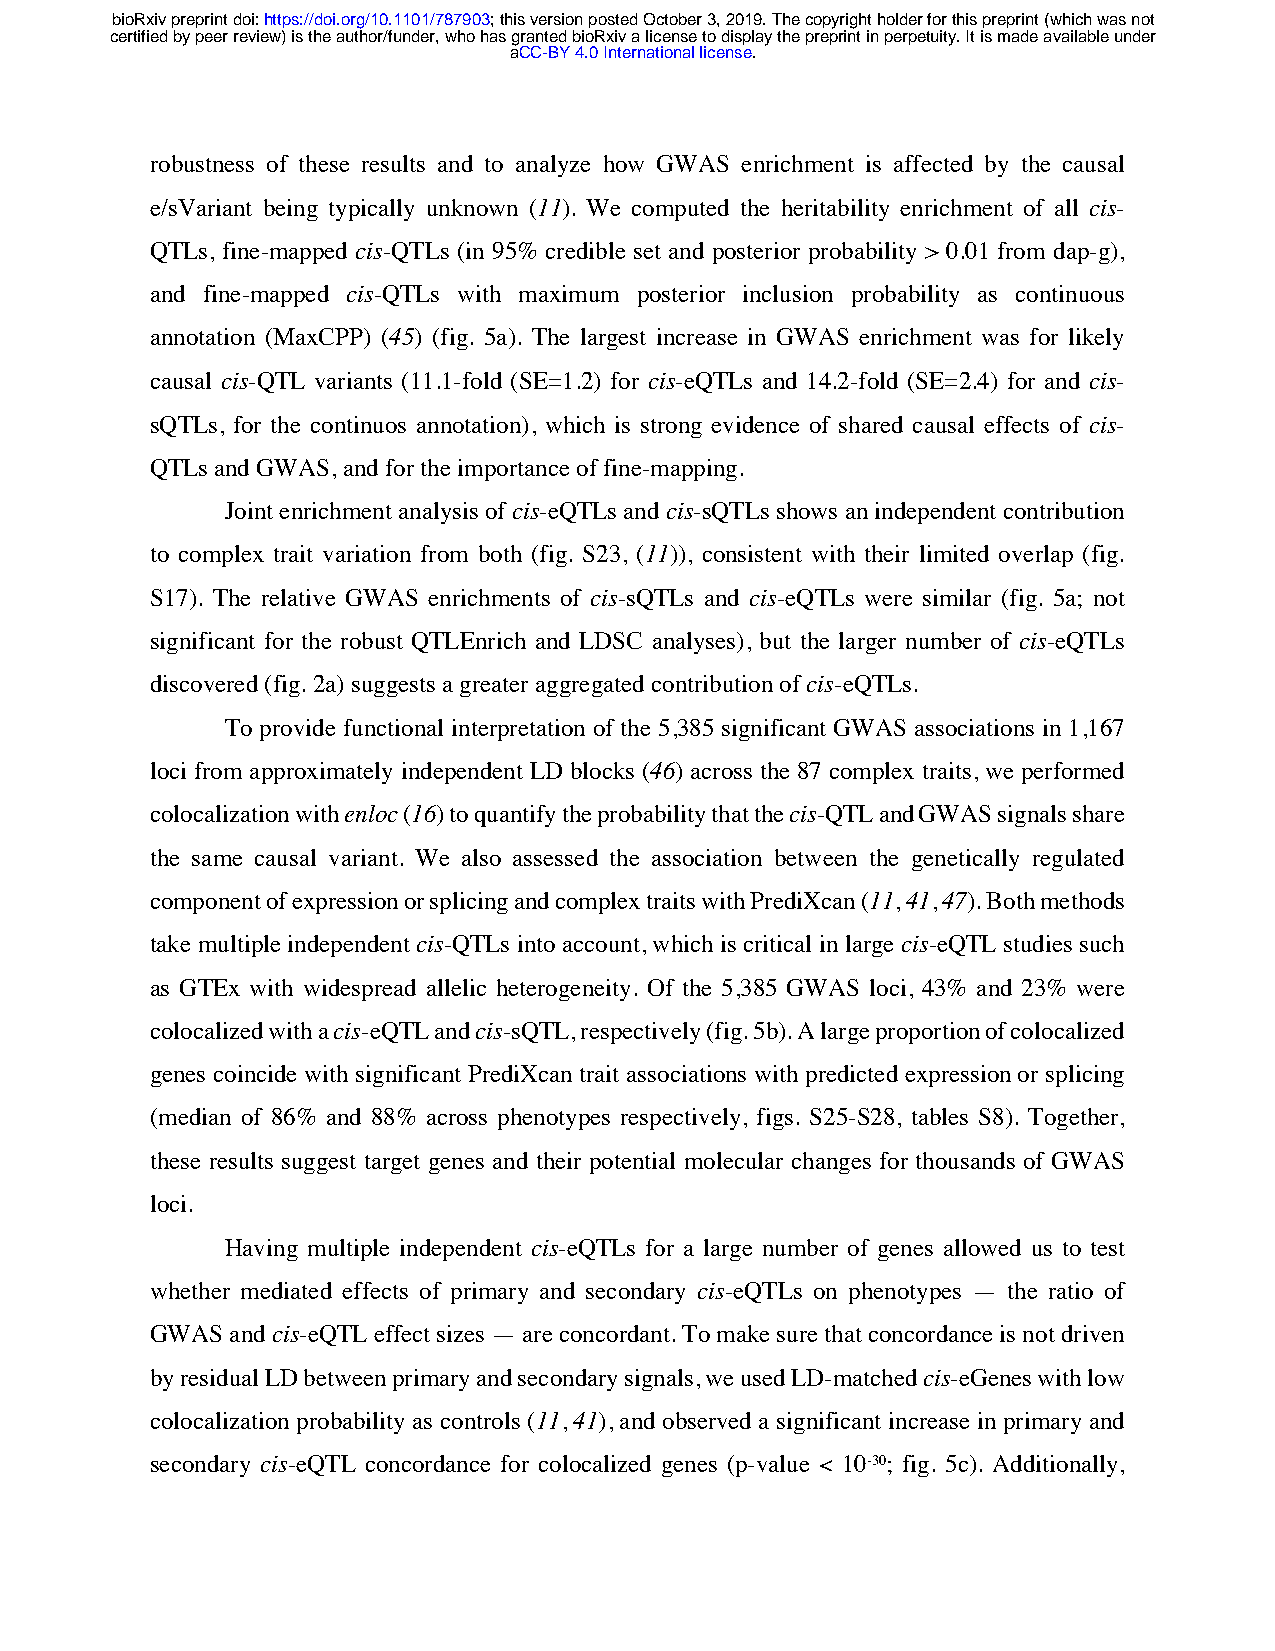
bioRxiv preprint doi: https://doi.org/10.1101/787903; this version posted October 3, 2019. The copyright holder for this preprint (which was not
 certified by peer review) is the author/funder, who has granted bioRxiv a license to display the preprint in perpetuity. It is made available under
 aCC-BY 4.0 International license.
 robustness of these results and to analyze how GWAS enrichment is affected by the causal
 e/sVariant being typically unknown (11). We computed the heritability enrichment of all cis-
 QTLs, fine-mapped cis-QTLs (in 95% credible set and posterior probability > 0.01 from dap-g),
 and fine-mapped cis-QTLs with maximum posterior inclusion probability as continuous
 annotation (MaxCPP) (45) (fig. 5a). The largest increase in GWAS enrichment was for likely
 causal cis-QTL variants (11.1-fold (SE=1.2) for cis-eQTLs and 14.2-fold (SE=2.4) for and cis-
 sQTLs, for the continuos annotation), which is strong evidence of shared causal effects of cis-
 QTLs and GWAS, and for the importance of fine-mapping.
 Joint enrichment analysis of cis-eQTLs and cis-sQTLs shows an independent contribution
 to complex trait variation from both (fig. S23, (11)), consistent with their limited overlap (fig.
 S17). The relative GWAS enrichments of cis-sQTLs and cis-eQTLs were similar (fig. 5a; not
 significant for the robust QTLEnrich and LDSC analyses), but the larger number of cis-eQTLs
 discovered (fig. 2a) suggests a greater aggregated contribution of cis-eQTLs.
 To provide functional interpretation of the 5,385 significant GWAS associations in 1,167
 loci from approximately independent LD blocks (46) across the 87 complex traits, we performed
 colocalization with enloc (16) to quantify the probability that the cis-QTL and GWAS signals share
 the same causal variant. We also assessed the association between the genetically regulated
 component of expression or splicing and complex traits with PrediXcan (11, 41, 47). Both methods
 take multiple independent cis-QTLs into account, which is critical in large cis-eQTL studies such
 as GTEx with widespread allelic heterogeneity. Of the 5,385 GWAS loci, 43% and 23% were
 colocalized with a cis-eQTL and cis-sQTL, respectively (fig. 5b). A large proportion of colocalized
 genes coincide with significant PrediXcan trait associations with predicted expression or splicing
 (median of 86% and 88% across phenotypes respectively, figs. S25-S28, tables S8). Together,
 these results suggest target genes and their potential molecular changes for thousands of GWAS
 loci.
 Having multiple independent cis-eQTLs for a large number of genes allowed us to test
 whether mediated effects of primary and secondary cis-eQTLs on phenotypes — the ratio of
 GWAS and cis-eQTL effect sizes — are concordant. To make sure that concordance is not driven
 by residual LD between primary and secondary signals, we used LD-matched cis-eGenes with low
 colocalization probability as controls (11, 41), and observed a significant increase in primary and
 secondary cis-eQTL concordance for colocalized genes (p-value < 10-30; fig. 5c). Additionally,